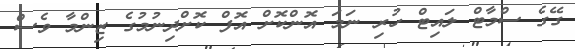
ގޭގެ ސްމާޓް ލައިޓް ހުރި ނަމަ އޮންކޮށް އޮފް ކޮށްދިނުމުގެ ޒިންމާ ވެސް